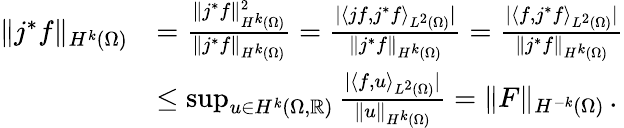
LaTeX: \begin{array}{rl}{\| j^{*}f\| _{H^{k}(\Omega)}}&{=\frac{\| j^{*}f\| _{H^{k}(\Omega)}^{2}}{\| j^{*}f\| _{H^{k}(\Omega)}}=\frac{|\langle jf,j^{*}f\rangle_{L^{2}(\Omega)}|}{\| j^{*}f\| _{H^{k}(\Omega)}}=\frac{|\langle f,j^{*}f\rangle_{L^{2}(\Omega)}|}{\| j^{*}f\| _{H^{k}(\Omega)}}}\\ &{\leq\operatorname*{sup}_{u\in{H^{k}(\Omega,\mathbb{R})}}\frac{|\langle f,u\rangle_{L^{2}(\Omega)}|}{\| u\| _{H^{k}(\Omega)}}=\| F\| _{H^{-k}(\Omega)}\, .}\end{array}